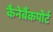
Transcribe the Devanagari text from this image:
कैनेबैंकपोर्ट